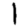
Digit: 1